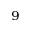
^ 9